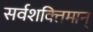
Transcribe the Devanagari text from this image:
सर्वशक्‍तिमान्